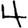
Digit: 4